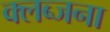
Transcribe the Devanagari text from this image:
क्लब्जना